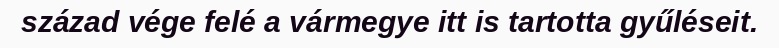
század vége felé a vármegye itt is tartotta gyűléseit.